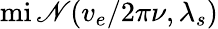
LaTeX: \operatorname*{mi\mathscr{N}}(v_{e}/2\pi\nu,\lambda_{s})